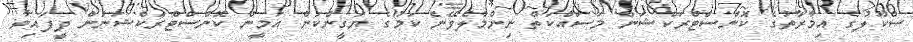
ސްކޫލުގެ އިމާރާތުގެ ކޮންސްޓްރަކްޝަން މަސައްކަތް ނިންމާލެވޭނެ ކަމުގެ ޔަގީންކަން އަމީން ކޮންސްޓްރަކްޝަނުން ދީފައިވާ